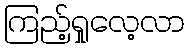
ကြည့်ရှုလေ့လာ